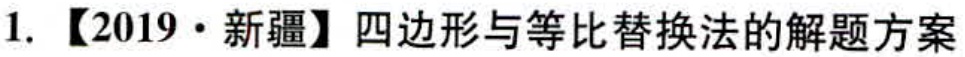
1. 【2019·新疆】四边形与等比替换法的解题方案